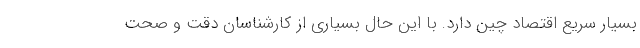
بسیار سریع اقتصاد چین دارد. با این حال بسیاری از کارشناسان دقت و صحت